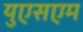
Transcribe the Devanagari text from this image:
युएसएम